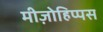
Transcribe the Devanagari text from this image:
मीज़ोहिप्पस